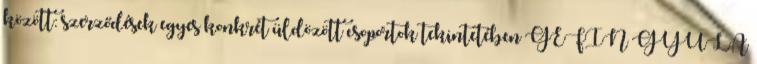
között: szerződések egyes konkrét üldözött csoportok tekintetében GÉFIN GYULA